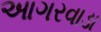
આગરવાડા